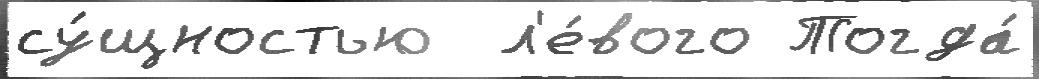
су́щностью  л'е́вого Тогда́